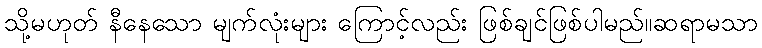
သို့မဟုတ် နီနေသော မျက်လုံးများ ကြောင့်လည်း ဖြစ်ချင်ဖြစ်ပါမည်။ဆရာမသာ